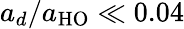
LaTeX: a_{d}/a_{\mathrm{HO}}\ll 0.04